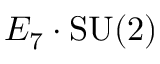
E _ { 7 } \cdot \mathrm { S U } ( 2 )